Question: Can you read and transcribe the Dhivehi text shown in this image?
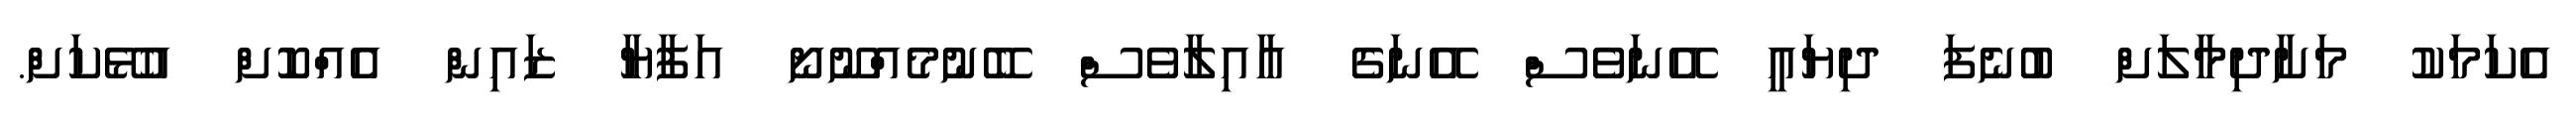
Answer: އެކަމަކު މަށާދިމާލަށް ބުނެފަ ދިޔައީ އޭނަވެސް އޭނަގެ އާއިލާވެސް ބޭނުމެއްނޫނޯ އަފާޔާ ޒައިން އެއްކޮށް އުޅޭކަށް.